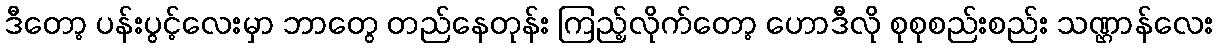
ဒီတော့ ပန်းပွင့်လေးမှာ ဘာတွေ တည်နေတုန်း ကြည့်လိုက်တော့ ဟောဒီလို စုစုစည်းစည်း သဏ္ဌာန်လေး